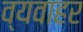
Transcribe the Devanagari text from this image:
व्यवाहर